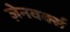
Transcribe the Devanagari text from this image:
ज़ेनवर्क्स